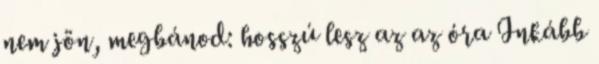
nem jön, megbánod: hosszú lesz az az óra Inkább